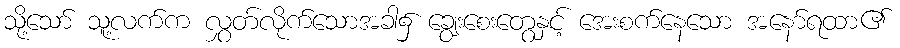
သို့သော် သူ့လက်က လွှတ်လိုက်သောအခါ၌ ချွေးစေးတွေနှင့် အေးစက်နေသော အနော်ရထာ၏